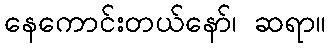
နေကောင်းတယ်နော်၊ ဆရာ။